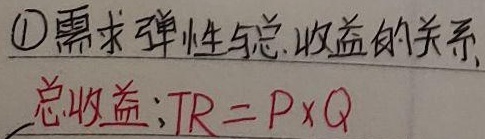
\textcircled{1} 需求弹性与总收益的关系
总收益：\(TR = P\times Q\)